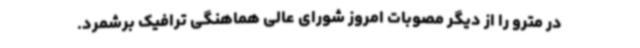
در مترو را از دیگر مصوبات امروز شورای عالی هماهنگی ترافیک برشمرد.